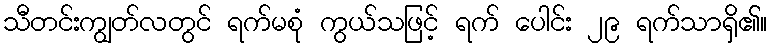
သီတင်းကျွတ်လတွင် ရက်မစုံ ကွယ်သဖြင့် ရက် ပေါင်း ၂၉ ရက်သာရှိ၏။